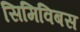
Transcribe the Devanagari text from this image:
सिमिविबस